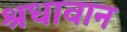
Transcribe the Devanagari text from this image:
श्रधावान